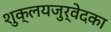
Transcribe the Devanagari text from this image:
शुक्लयजुर्वेदका